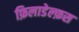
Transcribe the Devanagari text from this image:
फ़िलाडेल्फ़स